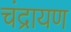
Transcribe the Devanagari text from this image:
चंद्रायण